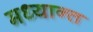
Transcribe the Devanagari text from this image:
मध्यान्त